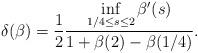
LaTeX: \begin{align*} \begin{aligned} \delta(\beta)= \frac{1}{2}\frac{\inf\limits_{1/4\leq s\leq 2}\beta'(s)}{1+\beta(2)-\beta(1/4)}. \end{aligned} \end{align*}